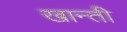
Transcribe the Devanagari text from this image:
खान्ती